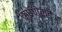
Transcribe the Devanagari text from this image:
कृष्णेकडे